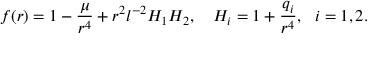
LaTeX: f ( r ) = 1 - \frac { \mu } { r ^ { 4 } } + r ^ { 2 } l ^ { - 2 } H _ { 1 } H _ { 2 } , \ \ \ H _ { i } = 1 + \frac { q _ { i } } { r ^ { 4 } } , \ \ i = 1 , 2 .